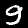
Label: 9